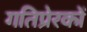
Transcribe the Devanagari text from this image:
गतिप्रेरकों